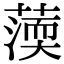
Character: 𦺾